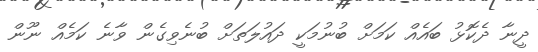
ދީނާ ދެކޮޅު ބައެއް ކަމަށް ބުނުމަކީ ދައުލަތަށް ބުނެވިގެން ވާނެ ކަމެއް ނޫން